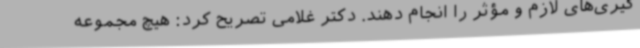
‌گیری‌های لازم و مؤثر را انجام دهند. دکتر غلامی تصریح کرد: هیچ مجموعه